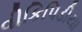
વીકિપિડીયા